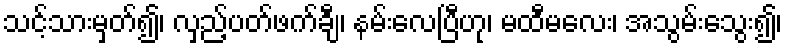
သင့်သားမှတ်၍၊ လှည့်ပတ်ဖက်ချီ၊ နမ်းလေပြီဟု၊ မထီမလေး၊ အသွမ်းသွေး၍၊